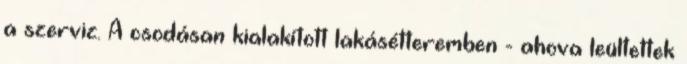
a szerviz. A csodásan kialakított lakásétteremben - ahova leültettek